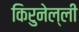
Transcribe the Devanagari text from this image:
किरुनेल्ली